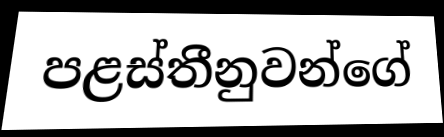
පළස්තීනුවන්ගේ